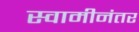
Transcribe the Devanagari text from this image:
स्वामीनंतर